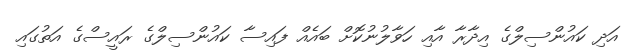
އަދި ކައުންސިލްގެ އިދާރާ އާއި ހަވާލުނުކޮށް ބައެއް ފައިސާ ކައުންސިލްގެ ރައީސްގެ އަތުގައި